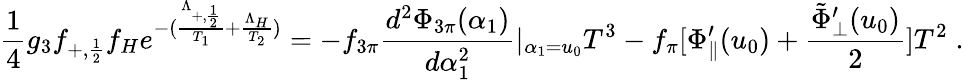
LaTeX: {\frac{1}{4}}g_{3}f_{+,{\frac{1}{2}}}f_{H}e^{-({\frac{\Lambda_{+,{\frac{1}{2}}}}{T_{1}}}+{\frac{\Lambda_{H}}{T_{2}}})}=-f_{3\pi}{\frac{d^{2}\Phi_{3\pi}(\alpha_{1})}{d\alpha_{1}^{2}}}|_{\alpha_{1}=u_{0}}T^{3}-f_{\pi}[\Phi_{\| }^{\prime}(u_{0})+{\frac{{\tilde{\Phi}}_{\bot}^{\prime}(u_{0})}{2}}]T^{2}\; .